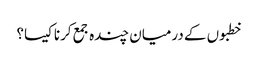
خطبوں کے درمیان چندہ جمع کرنا کیسا؟